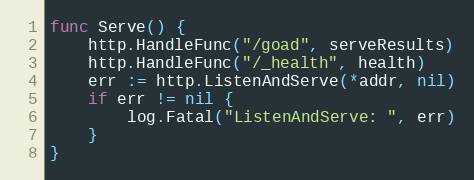
Language: Go
func Serve() {
	http.HandleFunc("/goad", serveResults)
	http.HandleFunc("/_health", health)
	err := http.ListenAndServe(*addr, nil)
	if err != nil {
		log.Fatal("ListenAndServe: ", err)
	}
}